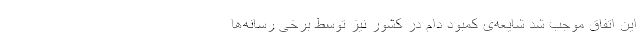
این اتفاق موجب شد شایعه‌ی کمبود دام در کشور نیز توسط برخی رسانه‌ها